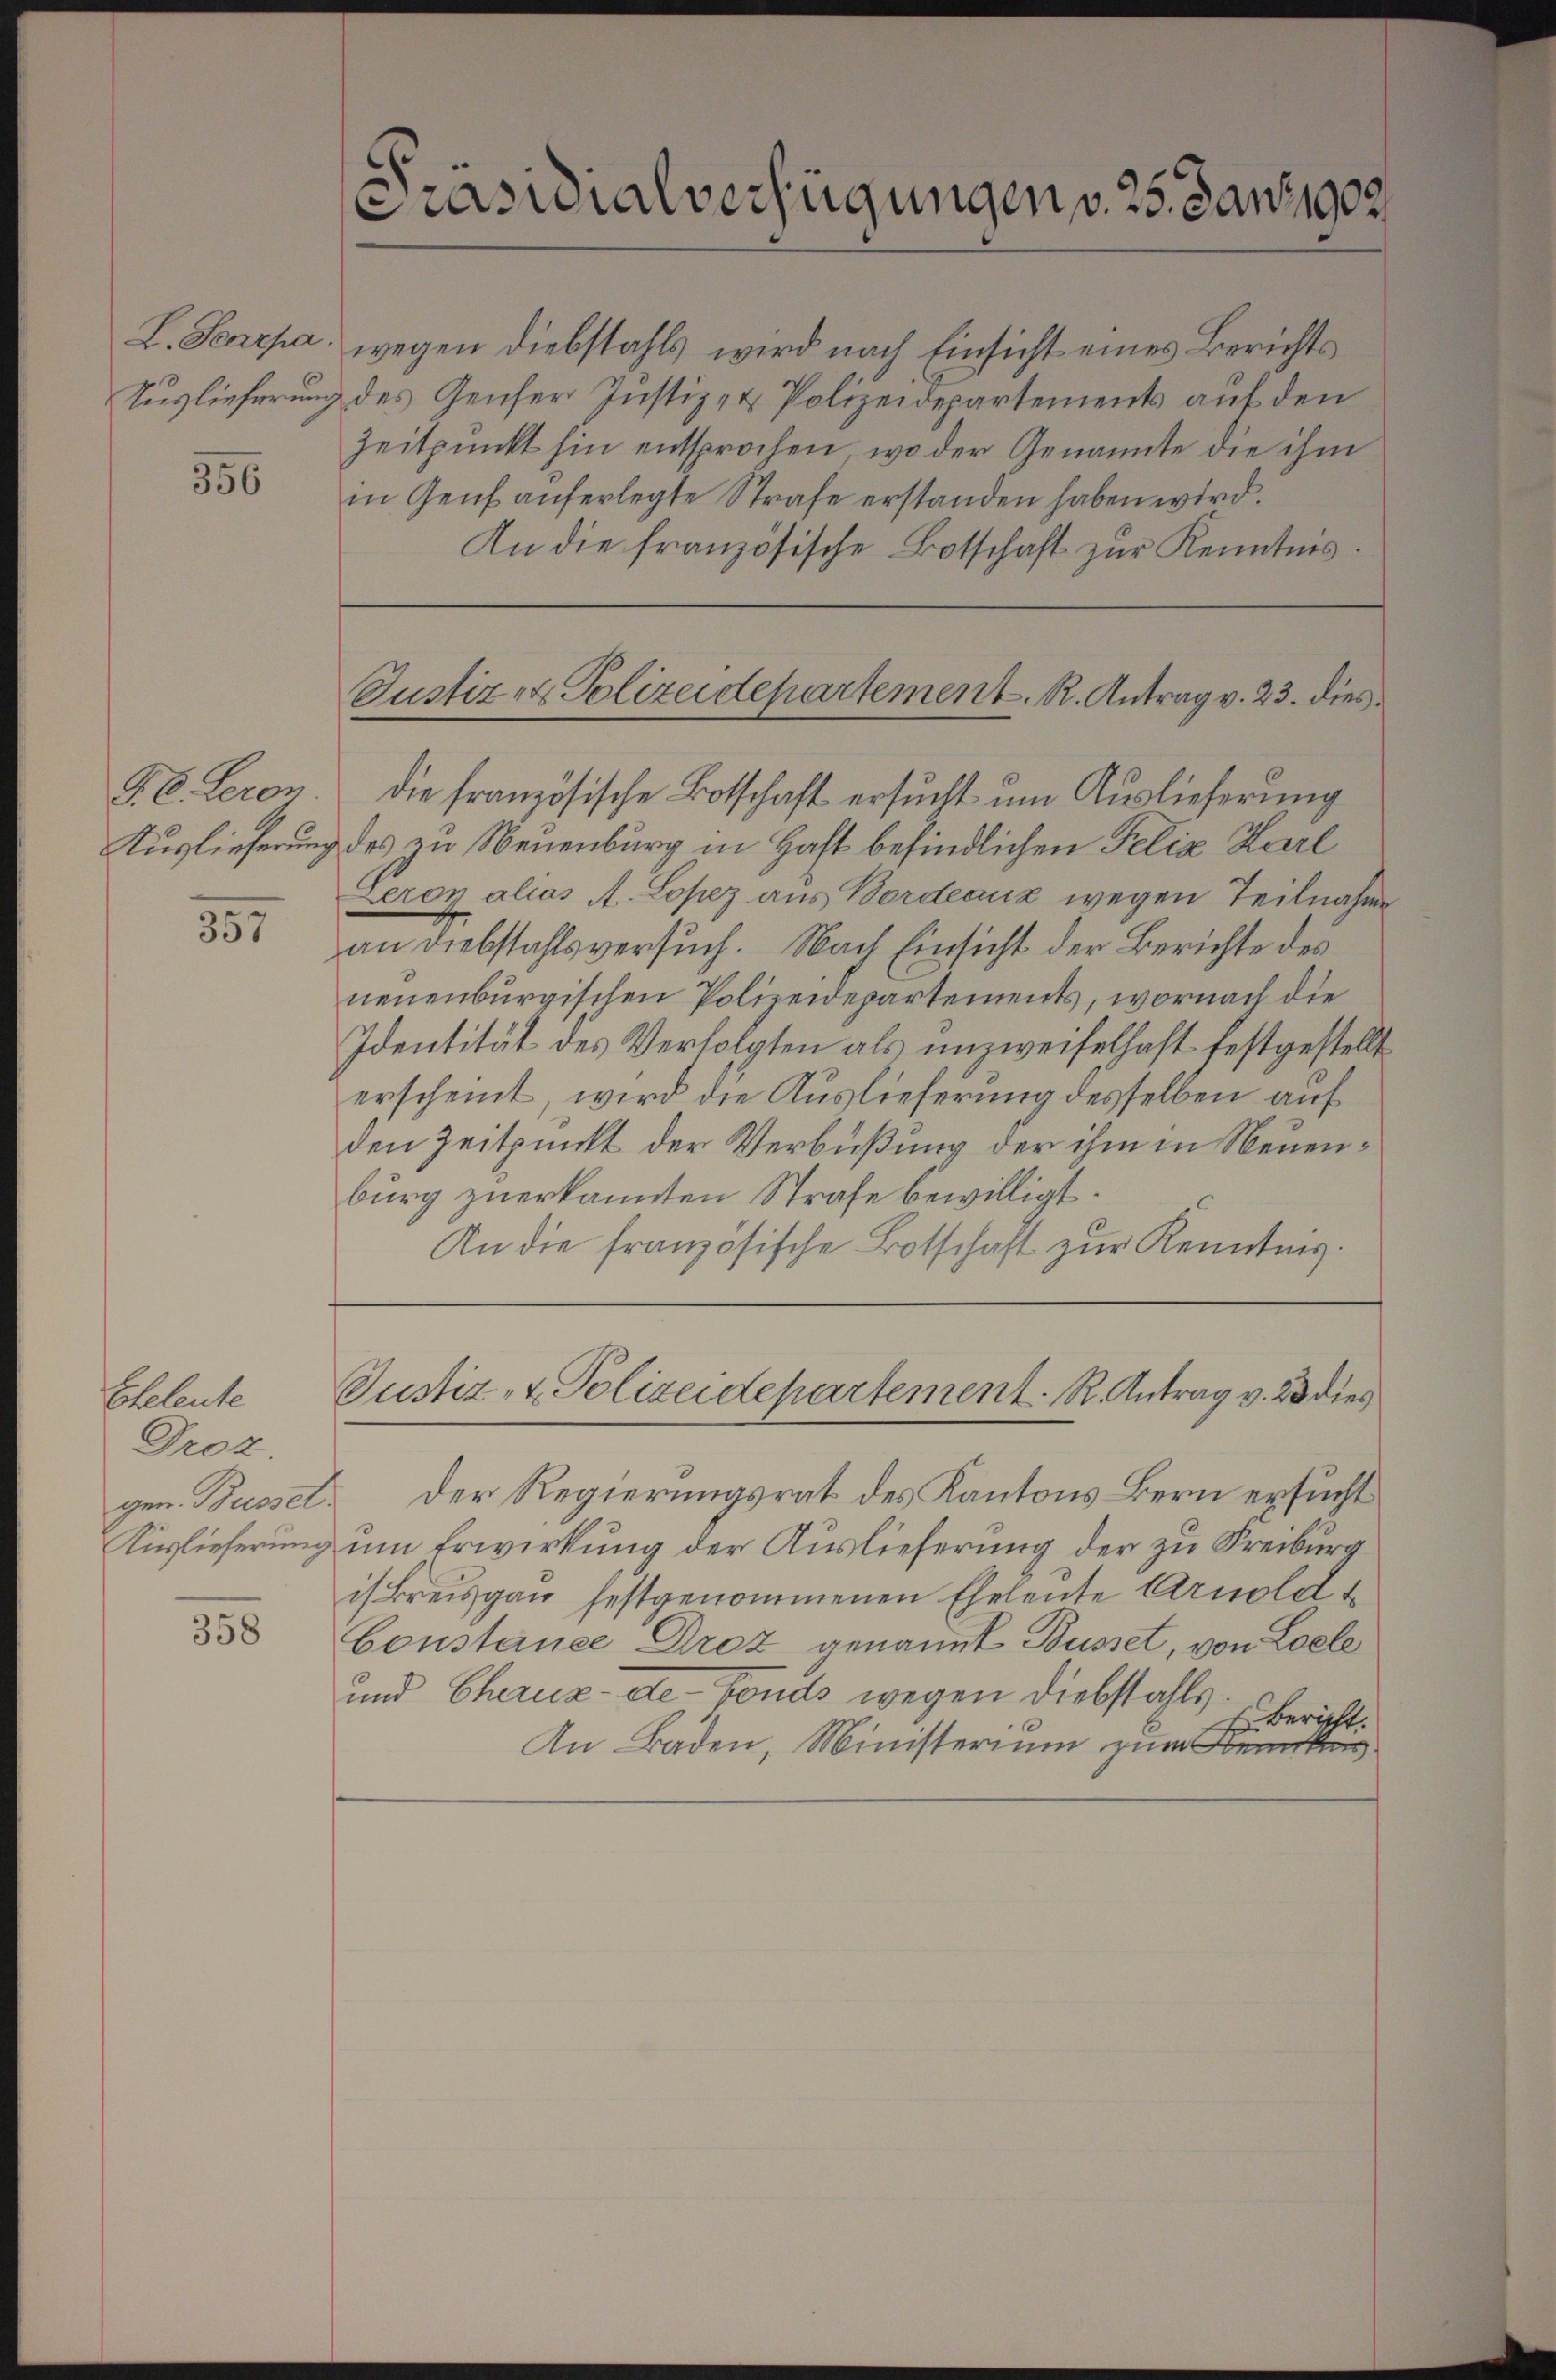
Auslieferung

356

§. 6. Leron

357

Collente
Droz.
gen. Bussel
Auslieferung

358

Präsidialverfügungen v. 25. Janz 1902

L. Senepa, wegen Diebstahls wird nach Einsicht eines Berichts¬
& des Genfer Justiz- & Polizeidepartements auf den
Zeitpunkt hin entsprochen, wo der Genannte die ihm
in Genf auferlegte Strafe erstanden haben wird.
An die französische Botschaft zŭr Kenntnis.

die französische Botschaft ersucht um Auslieferung
Auslieferung des zu Neuenburg in Haft befindlichen Felix Karl
Leron alias A. Sopez aus Bordeaux wegen Teilnahme
an Diebstahlsversuch. Nach Einsicht der Berichte des
neuenburgischen Polizeidepartements, wornach die
Identität des Verfolgten als unzweifelhaft festgestellt
erscheint, wird die Auslieferung desselben auf
den Zeitpunkt der Verbüßung der ihm in Neuenburg zuerkannten Strafe bewilligt.
An die französische Botschaft zur Kenntnis.

Justiz- & Polizeidepartement. R. Antrag v. 23. dies

Justiz- & Polizeidepartement. R. Antrag v. 23 dies

Der Regierungsrat des Kantons Bern ersucht
um Erwirkung der Auslieferung der zu Freiburg
iskreisgau festgenommenen Eheleute Arnold t
Constance Droz genannt Busset, von Loele
und Chaux-de-Fonds wegen Diebstahls
 Bericht.
An Baden, Ministerium zum Benkeng